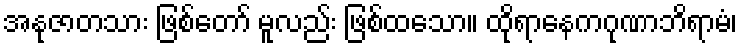
အနုဇာတသား ဖြစ်တော် မူလည်း ဖြစ်ထသော။ ထိုရာနေကဂုဏာဘိရာမံ၊